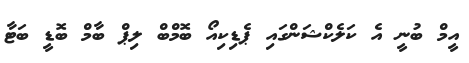
އީމް ބުނީ އެ ކަލެކްޝަންގައި ޕެޑިކިއޯ ބޮމްބް ލިޕް ބާމް ބޮޑީ ބަޓާ